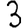
Digit: 3